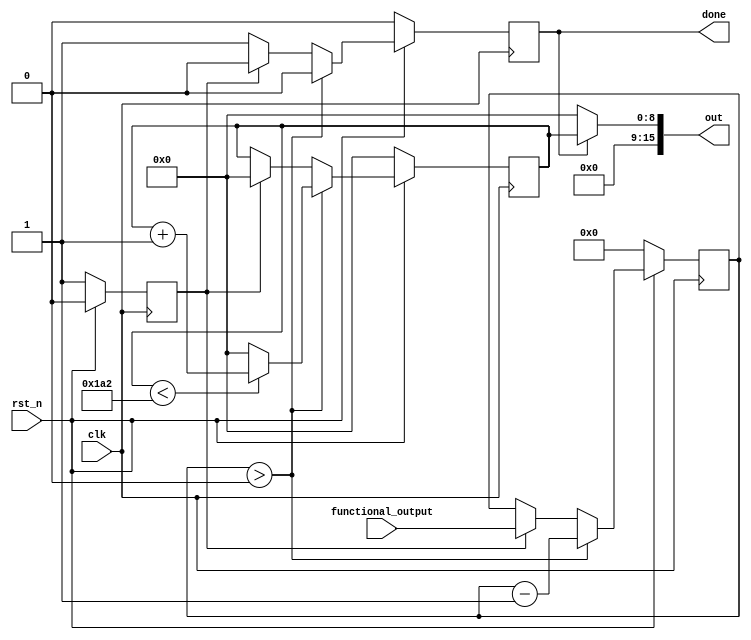
module modulo_checker(
functional_output,
clk,
rst_n,
out,
done
);

localparam 	MODULO = 419;
parameter	DATA_WIDTH = 16;

/* Inputs */
input  		[DATA_WIDTH-1:0]	functional_output;
input 							clk;
input							rst_n;

/* Outputs */
output		[15:0]	out;
output		reg		done;
//output 		[15:0] 	out;

function integer log2(input integer value);
		begin
			value = value - 1;
			for (log2 = 0; value > 0; log2 = log2 + 1) begin
				value = value >> 1;
			end
		end
endfunction

localparam	OUT_WIDTH		= log2(MODULO);


reg 	[DATA_WIDTH-1:0] 		decremental_output;
reg								new_ip;
reg		[OUT_WIDTH-1:0]			dout;
//reg		[15:0]		dout;




assign out = done ? dout : 0;


always @ (posedge clk) begin
if (!rst_n) begin
		decremental_output <= 0;
		dout <= 0;
		new_ip <= 1;
		done <= 0;
end
else begin
		new_ip <= 0;
	if (decremental_output > 0) begin
		decremental_output <= decremental_output - 1;
		done <= 0;
		if (dout < MODULO-1)
			dout <= dout + 1;
		else
			dout <= 0;
	end
	else begin
		decremental_output <= new_ip ? functional_output : decremental_output;
		dout <= new_ip ? 0 : dout;
		done <= new_ip ? 0 : 1;
	end
end  // else block
end // always block

endmodule